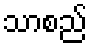
သာစည်